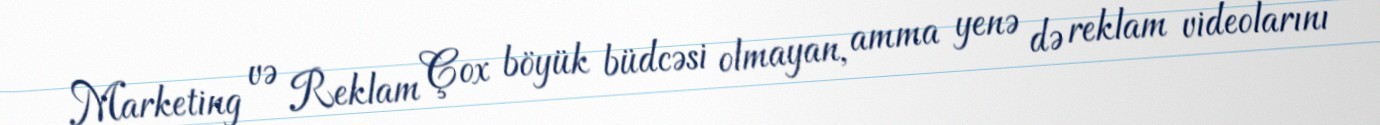
Marketing və Reklam Çox böyük büdcəsi olmayan, amma yenə də reklam videolarını